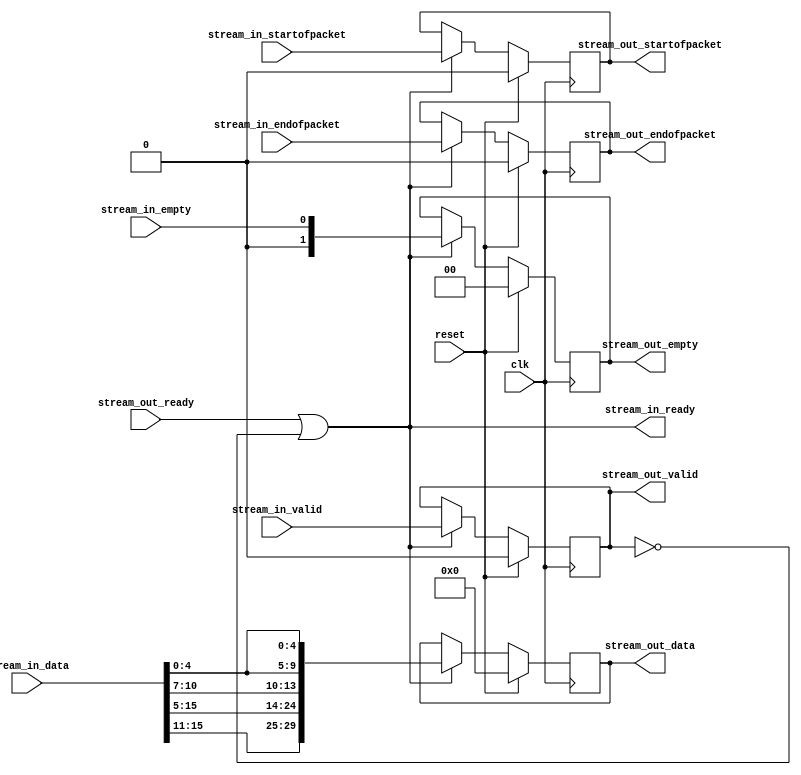
module Computer_System_VGA_Subsystem_VGA_Pixel_RGB_Resampler (
	clk,
	reset,
	stream_in_data,
	stream_in_startofpacket,
	stream_in_endofpacket,
	stream_in_empty,
	stream_in_valid,
	stream_out_ready,
	stream_in_ready,
	stream_out_data,
	stream_out_startofpacket,
	stream_out_endofpacket,
	stream_out_empty,
	stream_out_valid
);
parameter IDW		= 15;
parameter ODW		= 29;
parameter IEW		= 0;
parameter OEW		= 1;
parameter ALPHA	= 10'h3FF;
input						clk;
input						reset;
input			[IDW:0]	stream_in_data;
input						stream_in_startofpacket;
input						stream_in_endofpacket;
input			[IEW:0]	stream_in_empty;
input						stream_in_valid;
input						stream_out_ready;
output					stream_in_ready;
output reg	[ODW:0]	stream_out_data;
output reg				stream_out_startofpacket;
output reg				stream_out_endofpacket;
output reg	[OEW:0]	stream_out_empty;
output reg				stream_out_valid;
wire		[ 9: 0]	r;
wire		[ 9: 0]	g;
wire		[ 9: 0]	b;
wire		[ 9: 0]	a;
wire		[ODW:0]	converted_data;
always @(posedge clk)
begin
	if (reset)
	begin
		stream_out_data				<=  'b0;
		stream_out_startofpacket	<= 1'b0;
		stream_out_endofpacket		<= 1'b0;
		stream_out_empty				<=  'b0;
		stream_out_valid				<= 1'b0;
	end
	else if (stream_out_ready | ~stream_out_valid)
	begin
		stream_out_data				<= converted_data;
		stream_out_startofpacket	<= stream_in_startofpacket;
		stream_out_endofpacket		<= stream_in_endofpacket;
		stream_out_empty				<= stream_in_empty;
		stream_out_valid				<= stream_in_valid;
	end
end
assign stream_in_ready = stream_out_ready | ~stream_out_valid;
assign r = {stream_in_data[15:11], stream_in_data[15:11]};
assign g = {stream_in_data[10: 5], stream_in_data[10: 7]};
assign b = {stream_in_data[ 4: 0], stream_in_data[ 4: 0]};
assign a = ALPHA;
assign converted_data[29:20] = r[ 9: 0];
assign converted_data[19:10] = g[ 9: 0];
assign converted_data[ 9: 0] = b[ 9: 0];
endmodule